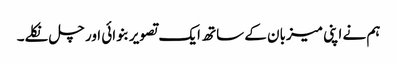
ہم نے اپنی میزبان کے ساتھ ایک تصویر بنوائی اور چل نکلے۔